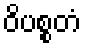
ဝိပစ္စတံ